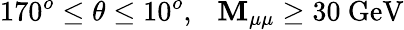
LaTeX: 170^{o}\leq\theta\leq10^{o},~~~\mathbf{M}_{\mu\mu}\geq30~\mathrm{{GeV}}